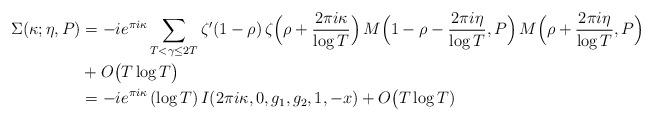
LaTeX: \begin{align*}\Sigma(\kappa;\eta,P)& =-i e^{\pi i \kappa} \sum_{T<\gamma \le 2T} \zeta'(1-\rho) \, \zeta\Big(\rho+\frac{2\pi i \kappa}{\log T}\Big)\, M\Big(1-\rho-\frac{2\pi i\eta}{\log T},P\Big) \, M\Big(\rho+\frac{2\pi i\eta}{\log T},P\Big)\\&+O\big(T\log T\big)\\&= -i e^{\pi i \kappa} \, (\log T) \, I(2\pi i\kappa,0,g_1,g_2,1,-x)+O\big(T\log T)\end{align*}